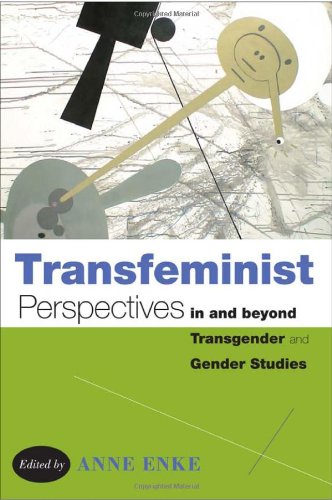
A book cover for Transfeminist Perspectives in and beyond Transgender and Gender Studies (Lambda Literary Award: Transgender); Gay & Lesbian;